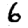
Digit: 6